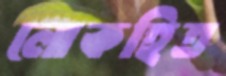
লোকহিত